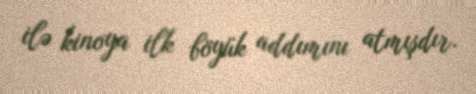
ilə kinoya ilk böyük addımını atmışdır.